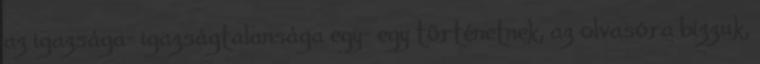
az igazsága- igazságtalansága egy- egy történetnek, az olvasóra bízzuk,